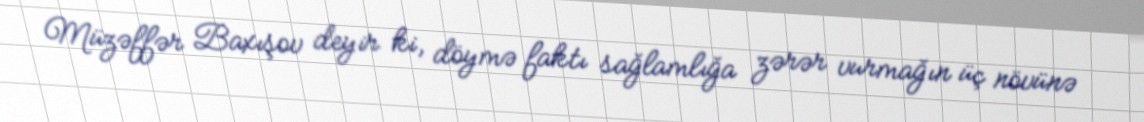
Müzəffər Baxışov deyir ki, döymə faktı sağlamlığa zərər vurmağın üç növünə